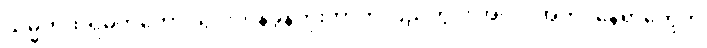
သမ္မတထရမ့်ကတော့ သွင်းကုန်ခွန်တိုးတာက ပြည်တွင်း အလုပ်အကိုင်နေရာတွေကို